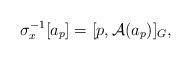
LaTeX: \begin{align*}\sigma_x^{-1}[a_p]=[p,\mathcal{A}(a_p)]_G,\end{align*}